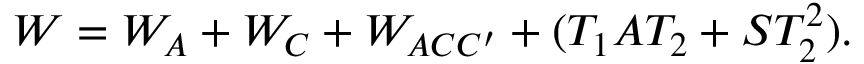
W = W _ { A } + W _ { C } + W _ { A C C ^ { \prime } } + ( T _ { 1 } A T _ { 2 } + S T _ { 2 } ^ { 2 } ) .